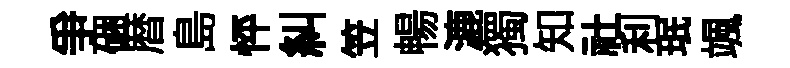
爭硱暦島怦糾笠暢漉獨知社利珉颯